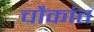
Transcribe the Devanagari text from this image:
चौकांत